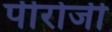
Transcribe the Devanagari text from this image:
पीरोजी